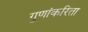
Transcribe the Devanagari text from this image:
गुणांकरिता